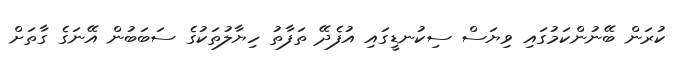
ކުރަން ބޭނުންކަމުގައި ވިޔަސް ސިކުނޑީގައި އުފެދޭ ތަފާތު ހިޔާލުތަކުގެ ސަބަބުން އޭނަގެ ގާތަށް